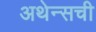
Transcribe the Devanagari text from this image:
अथेन्सची